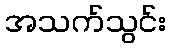
အသက်သွင်း